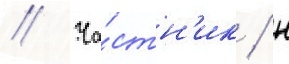
// Ча́стн'ик / н